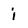
Character: i